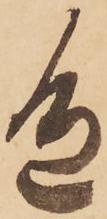
色